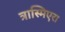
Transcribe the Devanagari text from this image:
त्रास्मिएरा